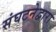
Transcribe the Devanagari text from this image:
संघटनेद्वारा